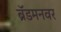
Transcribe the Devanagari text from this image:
ब्रॅडमनवर